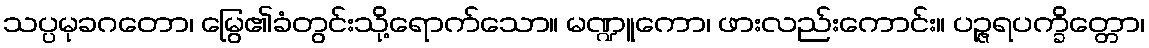
သပ္ပမုခဂတော၊ မြွေ၏ခံတွင်းသို့ရောက်သော။ မဏ္ဍူကော၊ ဖားလည်းကောင်း။ ပဉ္ဇရပက္ခိတ္တော၊